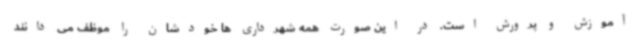
آموزش و پرورش است. در این صورت همه شهرداری ها خودشان را موظف می دانند